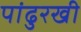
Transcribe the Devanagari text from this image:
पांढुरखी